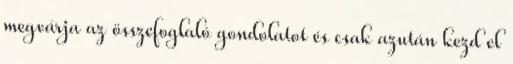
megvárja az összefoglaló gondolatot és csak azután kezd el